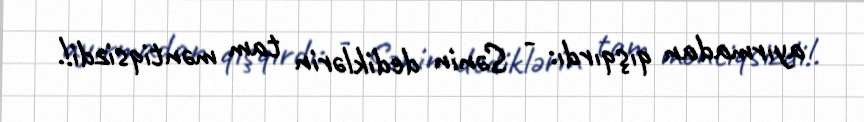
ayırmadan qışqırdı: - Sənin dediklərin tam məntiqsizdi!.